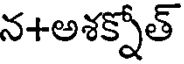
న+అశక్నోత్